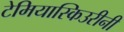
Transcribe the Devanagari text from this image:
टेमियास्किउरीनी